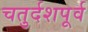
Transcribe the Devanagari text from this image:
चतुर्दशपूर्व